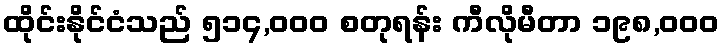
ထိုင်းနိုင်ငံသည် ၅၁၄,၀၀၀ စတုရန်း ကီလိုမီတာ ၁၉၈,၀၀၀